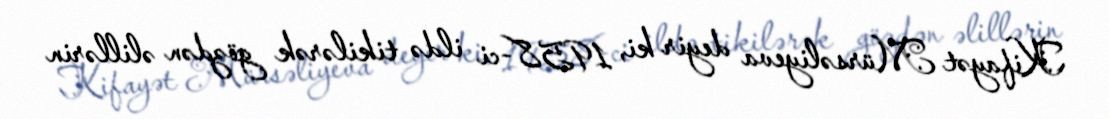
Kifayət Mürsəliyeva deyir ki, 1958-ci ildə tikilərək gözdən əlillərin